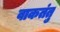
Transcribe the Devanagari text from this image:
वाकतंतु